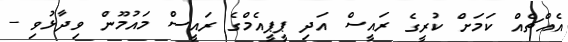
އެއްޗެއް ކަމަށް ކުރީގެ ރައީސް އަދި ޕީޕީއެމްގެ ރައީސް މައުމޫން ވިދާޅުވި -